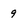
Character: 9